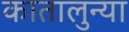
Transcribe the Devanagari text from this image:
कातालुन्या